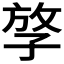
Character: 𡥮